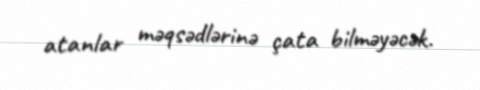
atanlar məqsədlərinə çata bilməyəcək.